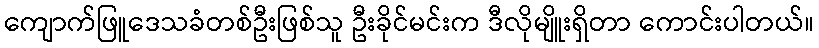
ကျောက်ဖြူဒေသခံတစ်ဦးဖြစ်သူ ဦးခိုင်မင်းက ဒီလိုမျိူးရှိတာ ကောင်းပါတယ်။